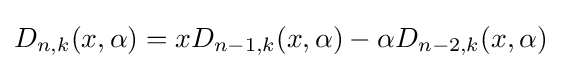
D_{n,k}(x,\alpha )=xD_{n-1,k}(x,\alpha )-\alpha D_{n-2,k}(x,\alpha )